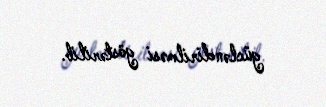
gücləndirilməsi göstərilib.